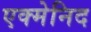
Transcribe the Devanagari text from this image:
एक्मेनिद